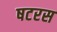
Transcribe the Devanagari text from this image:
षटरस